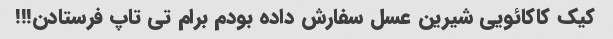
کیک کاکائویی شیرین عسل سفارش داده بودم برام تی تاپ فرستادن!!!